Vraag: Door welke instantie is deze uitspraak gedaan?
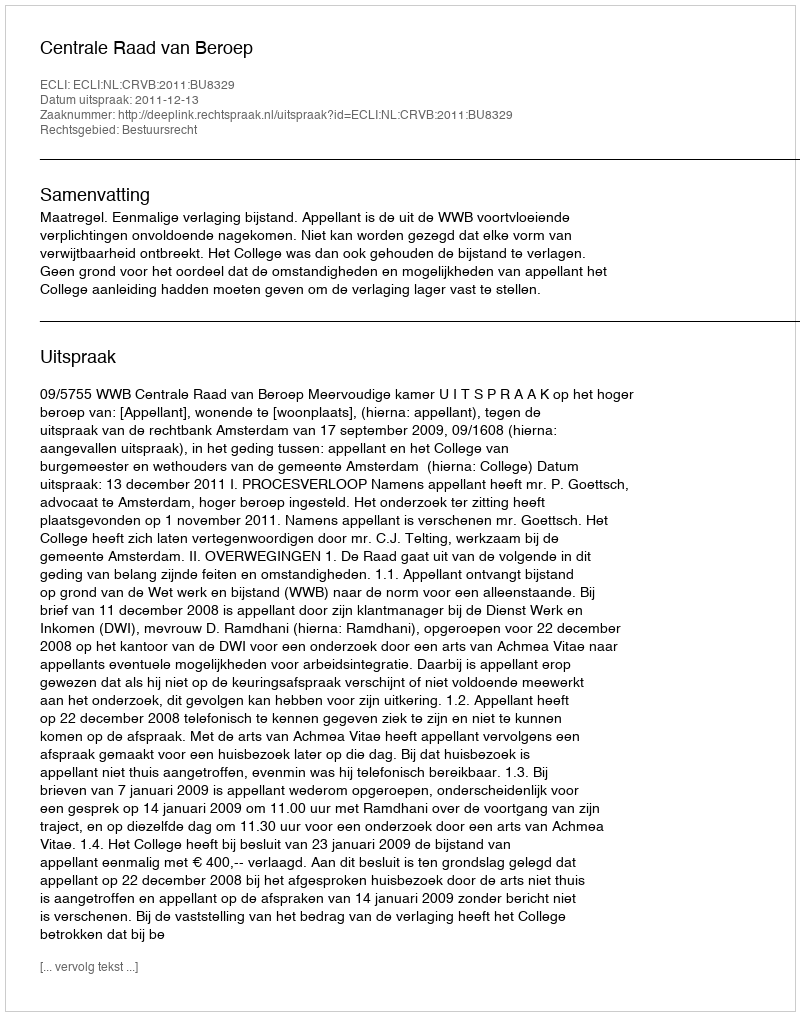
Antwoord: Centrale Raad van Beroep